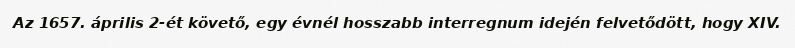
Az 1657. április 2-ét követő, egy évnél hosszabb interregnum idején felvetődött, hogy XIV.